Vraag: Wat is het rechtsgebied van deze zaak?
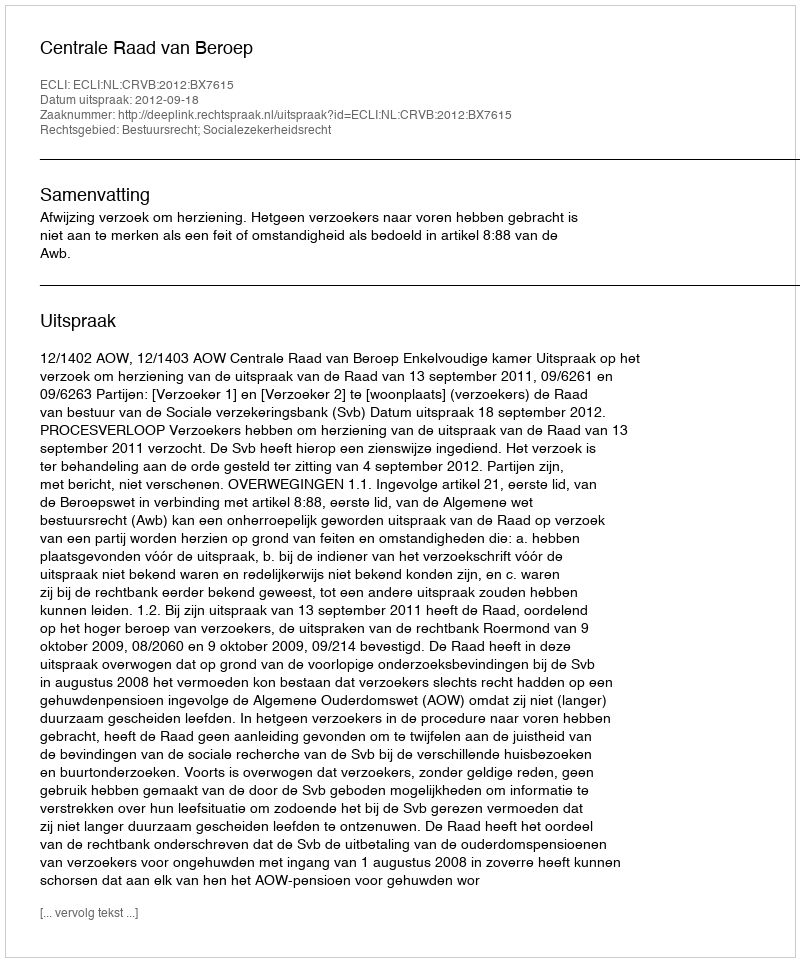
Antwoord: Bestuursrecht; Socialezekerheidsrecht